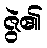
ဇွဲ၏